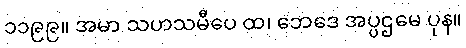
၁၁၉၉။ အမာ သဟသမီပေ ထ၊ ဘေဒေ အပ္ပဌမေ ပုန။